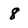
Character: 8